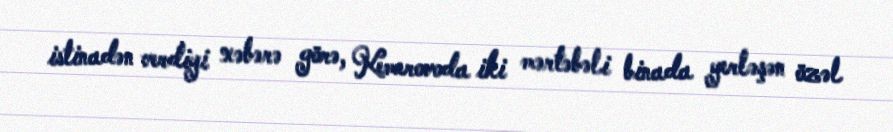
istinadən verdiyi xəbərə görə, Kemerovoda iki mərtəbəli binada yerləşən özəl